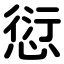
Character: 愆